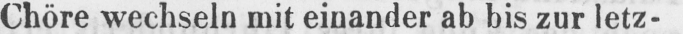
Chöre wechseln mit einander ab bis zur letz-